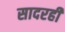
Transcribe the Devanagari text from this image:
सादरही